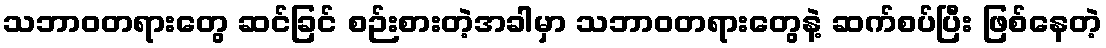
သဘာဝတရားတွေ ဆင်ခြင် စဉ်းစားတဲ့အခါမှာ သဘာဝတရားတွေနဲ့ ဆက်စပ်ပြီး ဖြစ်နေတဲ့